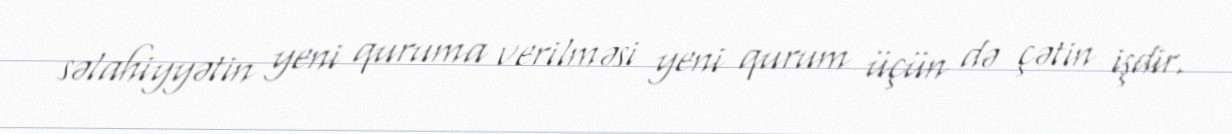
səlahiyyətin yeni quruma verilməsi yeni qurum üçün də çətin işdir.